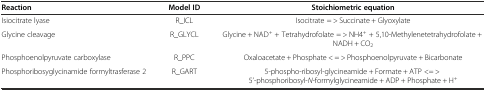
<table><thead><tr><td><b>Reaction</b></td><td><b>Model ID</b></td><td><b>Stoichiometric equation</b></td></tr></thead><tbody><tr><td>Isiocitrate lyase</td><td>R_ICL</td><td>Isocitrate = &gt; Succinate + Glyoxylate</td></tr><tr><td>Glycine cleavage</td><td>R_GLYCL</td><td>Glycine + NAD<sup>+</sup> + Tetrahydrofolate = &gt; NH4<sup>+</sup> + 5,10-Methylenetetrahydrofolate + NADH + CO<sub>2</sub></td></tr><tr><td>Phosphoenolpyruvate carboxylase</td><td>R_PPC</td><td>Oxaloacetate + Phosphate &lt; = &gt; Phosphoenolpyruvate + Bicarbonate</td></tr><tr><td>Phosphoribosyglycinamide formyltrasferase 2</td><td>R_GART</td><td>5-phospho-ribosyl-glycineamide + Formate + ATP &lt;= &gt; 5’-phosphoribosyl-<i>N</i>-formylglycineamide + ADP + Phosphate + H<sup>+</sup></td></tr></tbody></table>